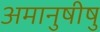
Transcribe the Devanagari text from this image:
अमानुषीषु